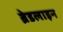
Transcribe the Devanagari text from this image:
ब्रेडलाइन